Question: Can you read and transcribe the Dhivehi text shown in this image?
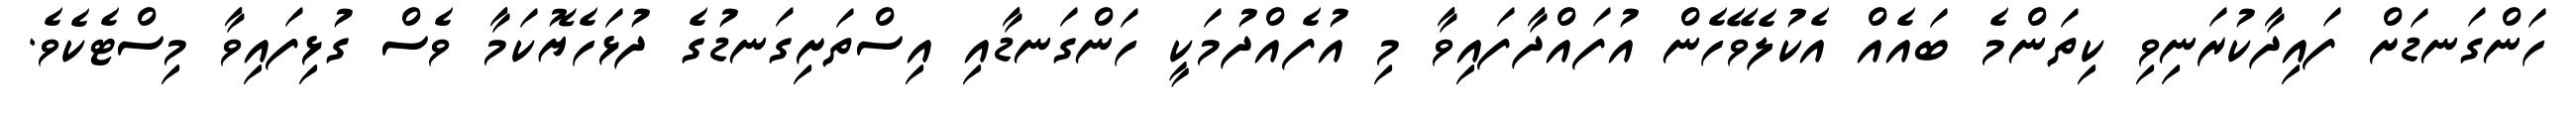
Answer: ހަންގަނޑަށް ފައިދާކުރަނިވި ކިތަންމެ ބައެއް އެކުލެވޭހެން އުފައްދާފައިވާ މި އުފެއްދުމަކީ ހަންގަނޑާއި އިސްތަށިގަނޑުގެ ދުޅަހެޔޮކަމާ ވެސް ގުޅިފައިވާ މިސްޓެކެވެ.